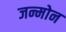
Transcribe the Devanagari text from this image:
जन्मोन